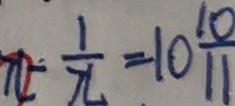
x - \frac { 1 } { x } = 1 0 \frac { 1 0 } { 1 1 }